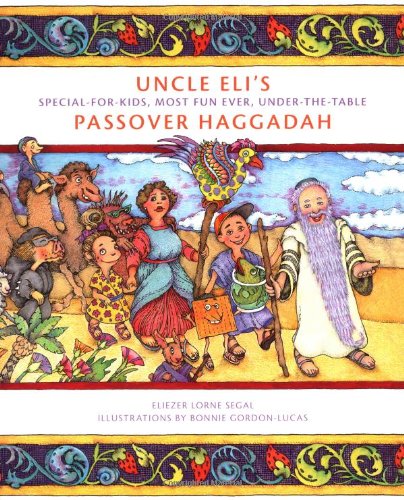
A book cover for Uncle Eli's Passover Haggadah; Eliezer Segal; Religion & Spirituality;